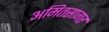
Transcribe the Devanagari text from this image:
अमितसागर